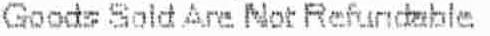
GOODS SOLD ARE NOT REFUNDABLE